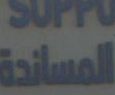
المساندة